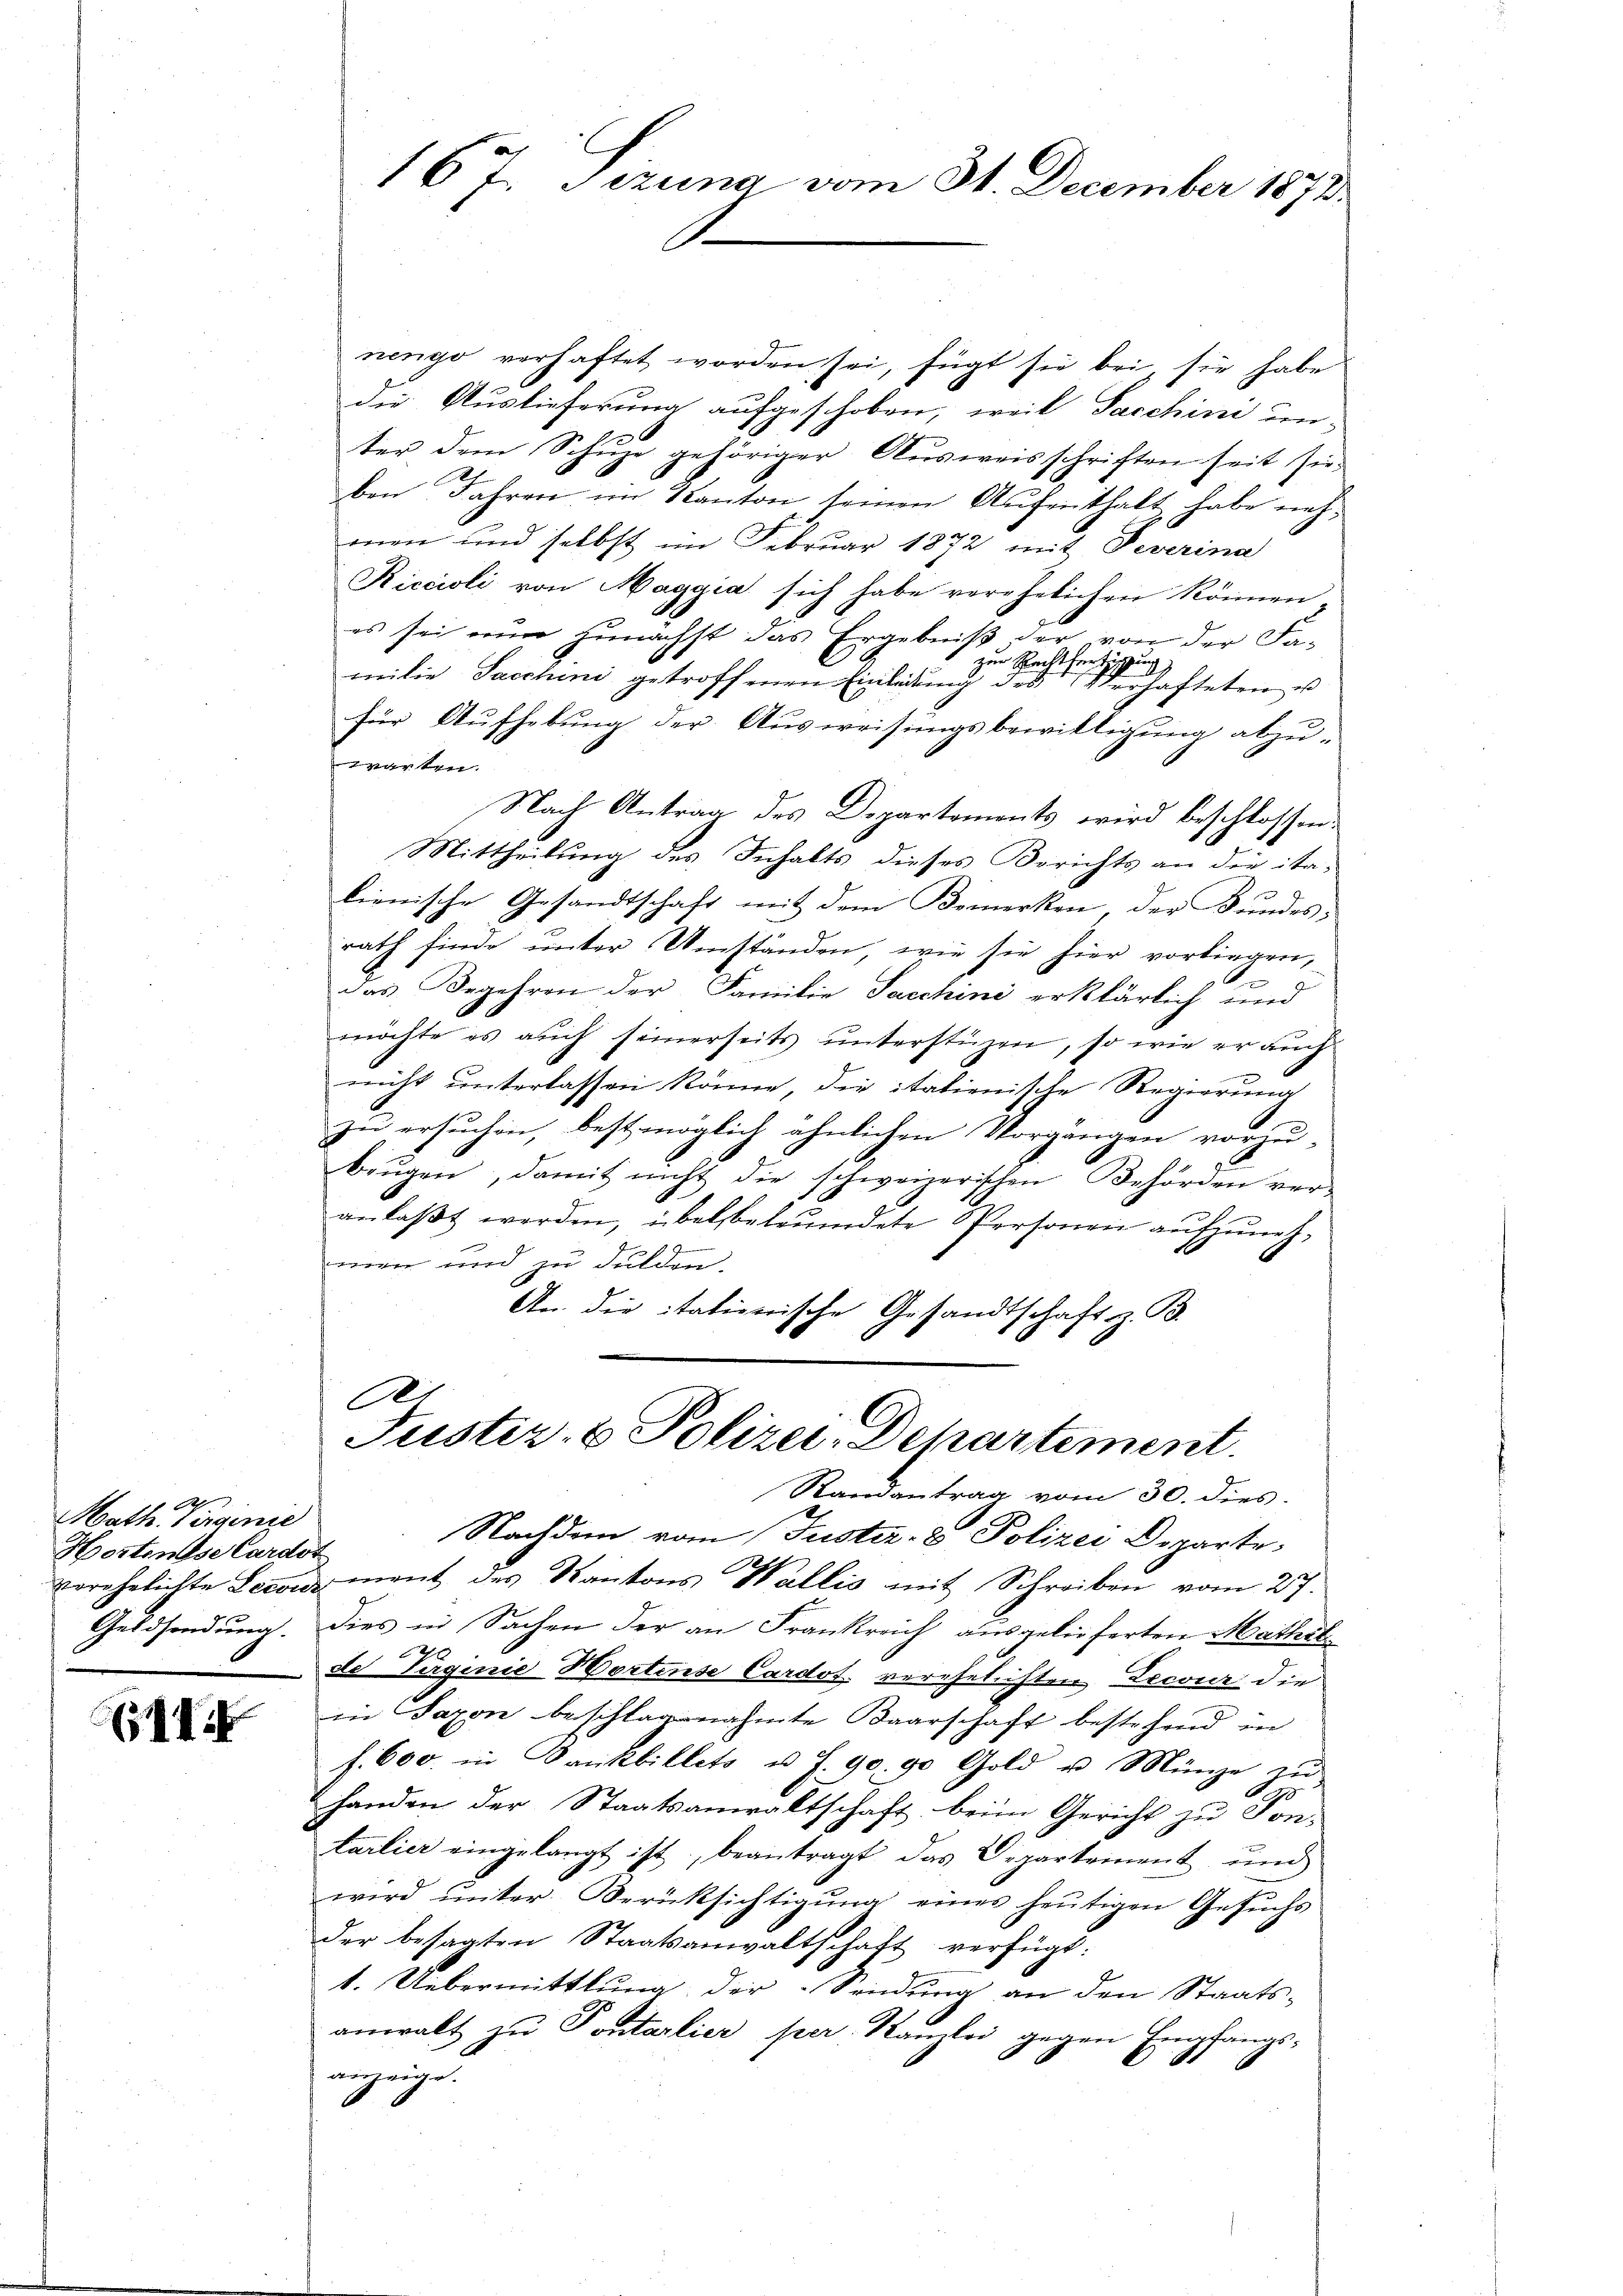
.
Math. s irgenie
Hostense Cardot
Geldsendung.

(11

167. Jezuna vom 31. December 1872.

nengo verhaftet worden sei, fügt sie bei, sie habe
die Auslieferung aufgeschoben, weil Taschini un-
ter dem Schŭze gehöriger Aŭsweisschriften seit sie
ben Jahren im Kanton seinen Aufenthalt habe nehmen und selbst im Februar 1872 mit Deverina
Riccioli von Maggia sich habe verehelichen können-
es sei nun zunächst das Ergebniß der von der Fazur Rechtfertigung
milie Sacchini getroffenen Einladŭng des Verhafteten u
für Aufhebung der Ausweisungsbewilligung abzu-
warten.
Nach Antrag des Departements wird beschlossen:
Mittheilung des Inhalts dieses Berichts an die ita-
2
lienische Gesandtschaft mit dem Bemerken der Bundes;
rath finde unter Umständen, wie sie hier vorliegen,
das Begehren der Familie Sacchini erklärlich und
möchte es auch seinerseits ŭnterstüzen, so wie er auch
nicht unterlassen könne, die italienische Regierung
.
zu ersuchen, bestmöglich ähnlichen Vorgängen vorzu-
beŭgen, damit nicht die schweizerischen Behörden ver-
anlaßt werden, übel beleumdete Personen aufzunehmen und zu dulden.
An die itativerische Gesandtschaft z. B.
i
Justiz- & Polizei-Departement.
Randantrag vom 30. dies
Nachdem vom Justiz- & Polizei Departe,
verehelichte Leconoment des Kantons Wallis mit Schreiben vom 27.
Dies in Sachen der an Frankreich ausgelieferten Mathil
de Verginie Wortense Cardot. verehelichten Decour die
in Saxon beschlagnahmte Baarschaft bestehend in
f. 600. in Bankbillets u. f. 90. 90 Gold u. Münze zu
handen der Staatsanwaltschaft beim Gericht zu Pon-
tarlier eingelangt ist, beantragt das Departement und
wird ŭnter Berücksichtigŭng eines heutigen Gesuchs
der besagten Staatsanwaltschaft verfügt:
1. Uebermittlung der Sendung an den Staats-
anwalt zu Pontarlier per Kanzlei gegen Empfangs-
anzeige.